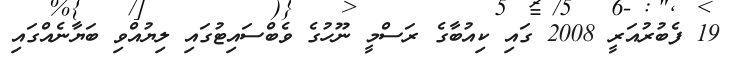
19 ފެބުރުއަރީ 2008 ގައި ކިއުބާގެ ރަސްމީ ނޫހުގެ ވެބްސައިޓުގައި ލިޔުއްވި ބަޔާނެއްގައި